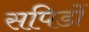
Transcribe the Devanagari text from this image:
सपिडों